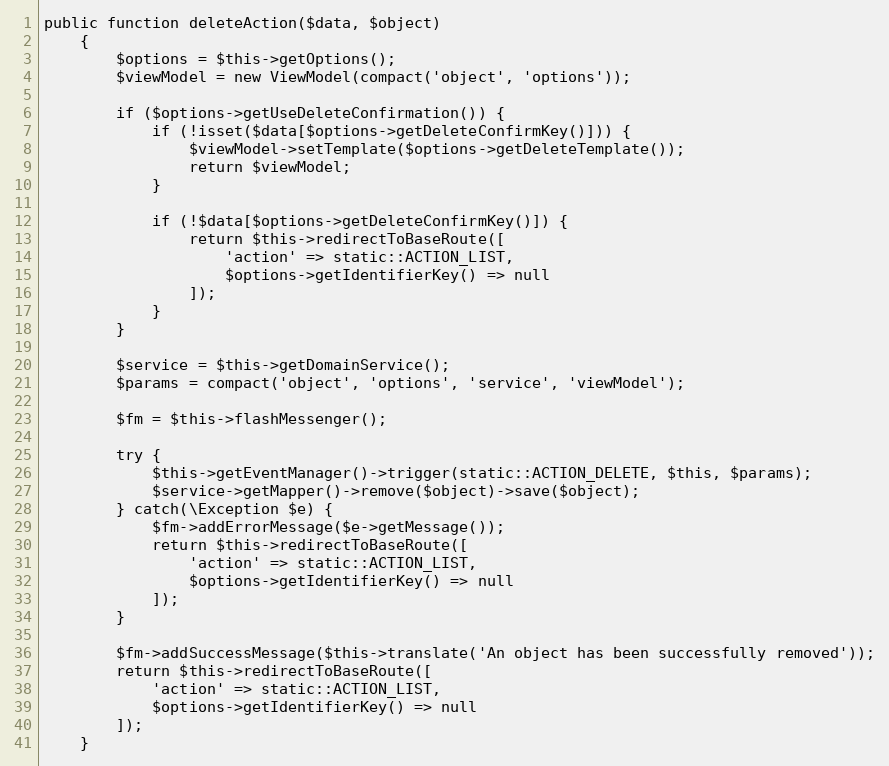
Language: PHP
public function deleteAction($data, $object)
    {
        $options = $this->getOptions();
        $viewModel = new ViewModel(compact('object', 'options'));

        if ($options->getUseDeleteConfirmation()) {
            if (!isset($data[$options->getDeleteConfirmKey()])) {
                $viewModel->setTemplate($options->getDeleteTemplate());
                return $viewModel;
            }

            if (!$data[$options->getDeleteConfirmKey()]) {
                return $this->redirectToBaseRoute([
                    'action' => static::ACTION_LIST,
                    $options->getIdentifierKey() => null
                ]);
            }
        }

        $service = $this->getDomainService();
        $params = compact('object', 'options', 'service', 'viewModel');

        $fm = $this->flashMessenger();

        try {
            $this->getEventManager()->trigger(static::ACTION_DELETE, $this, $params);
            $service->getMapper()->remove($object)->save($object);
        } catch(\Exception $e) {
            $fm->addErrorMessage($e->getMessage());
            return $this->redirectToBaseRoute([
                'action' => static::ACTION_LIST,
                $options->getIdentifierKey() => null
            ]);
        }

        $fm->addSuccessMessage($this->translate('An object has been successfully removed'));
        return $this->redirectToBaseRoute([
            'action' => static::ACTION_LIST,
            $options->getIdentifierKey() => null
        ]);
    }